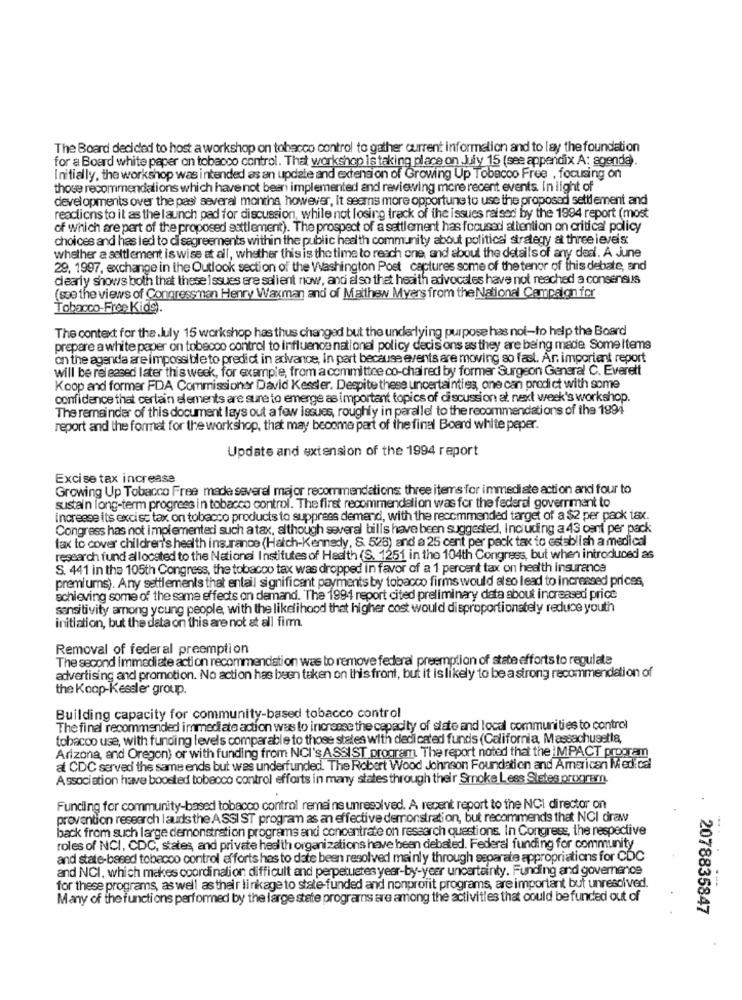
The Board decided to host a workshop on tobacco control to gather current information and to lay the foundation
for a Board white paper on tobacco control. That workshop is taking place on July 15 (see appendix A: agenda).
Initially, the workshop was intended as an update and extension of Growing Up Tobacco Free , focusing on
those recommendations which have not been implemented and reviewing more recent events. In light of
developments over the past several months however, it seems more opportune to use the proposed settlement and
reactions to it as the launch pad for discussion, while not losing track of the issues raised by the 1994 report (most
of which are part of the proposed settlement). The prospect of a settlement has focused attention on critical policy
choices and has led to disagreements within the public health community about political strategy at three levels
whether a soltlement is wise at all, whether this is the time to reach one, and about the details of any deal. A June
29, 1997, exchange in the Outlook section of the Washington Post captures some of the tenor of this debate, and
dearly shows both that these Issues are salient now, and also thet heaith advocates have not reached a consensus
(sos the views of Congressman Henry Waxman and of Matthew Myers from the National Campaign for
Tobacco-Free Kids).
The context for the .July 15 workshop has thus changed but the underlying purpose has noi-to help the Board
prepare a white paper on tobacco control to influence national policy decisions as they are being made Some Items
on the agenda are impossible to predict in advance, In part because events are moving so fast. An important report
will be released later this week, for example, from a committee co-chaired by former Surgeon General C. Everett
Koop and former FDA Commissioner David Kessler. Despite these uncertainties, one can predict with some
confidence that certain elements are sure to emerge as important topics of discussion at next week's workshop.
The remainder of this document lays out a few issues, roughly in parallel to the recommendations of the 1994
report and the format for the workshop, that may become part of the final Board white peper.
Update and extension of the 1994 report
Excise tax increase
Growing Up Tobacco Free made several major recommendations: three items for immediate action and four to
sustain long-term progress in tobacco control. The first recommendalion was for the federal government to
increase its excise tax on tobacco products to suppress demend, with the recommended target of a $2 per pack tax.
Congress has not Implemented such a tax, although several bills have been suggested, Including a 43 cent per pack
fax to cover children's health insurance (Hatch-Kennedy, S. 525) and a 25 cent per pack tax to establish a medical
research fund al located to the National Institutes of Health (S. 1251 in the 104th Congress, but when introduced as
S. 441 in the 105th Congress, the tobacco tax was dropped in favor of a 1 percent tax on health insurance
premiums). Any settlements that enlail significant payments by tobacco firms would also lead to increased prices,
achieving some of the same effects on demand. The 1994 report cited preliminary data about increased price
sensitivity among young people, with the likelihood that higher cost would disproportionately reduce youth
initiation, but the data on this are not at all firm.
Removal of federal preemption
The second immediate action recommendation was to remove federal preemption of state efforts to regulate
advertising and promotion. No action has been taken on this front, but it islikely to be a strong recommendation of
the Koop-Kessler group.
Building capacity for community-based tobacco control
The final recommended immediate action was to increase the capacity of state and local communities to control
tobacco use, with funding levels comparable to those states with dedi cated funds (California, Massachusetts,
Arizona, and Oregon) or with funding from NCI's ASSIST program The report noted that the IMPACT program
at CDC served the same ends but was underfunded. The Robert Wood Johnson Foundation and American Medical
Association have boosted tobeoco control efforts in many states through their Srnoke Less Stetes program.
Funding for community-based tobacco control remains unresolved. A recent report to the NCI director on
prevention research lauds the ASSI ST program as an effective demonstration, but recommends that NCI draw
back from such large demonstration programs and concentrate on research questions. In Congress, the respective
roles of NCI, CDC, states, and private health organizations have been debated. Federal funding for community
and state-based tobacco control efforts has to date been resolved mainly through separate appropriations for CDC
and NCI, which makes coordination difficult and perpetuetes year-by-yeer uncertainty. Funding and governance
for these programs, as well as their linkage to state-funded and nonprofit programs, are important but unresolved.
Many of the functions performed by the large state programs are among the activities that could be funded out of
2078835847